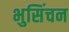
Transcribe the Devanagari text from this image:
भुसिंचन